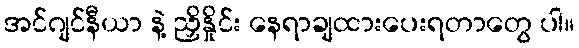
အင်ဂျင်နီယာ နဲ့ ညှိနှိုင်း နေရာချထားပေးရတာတွေ ပါ။